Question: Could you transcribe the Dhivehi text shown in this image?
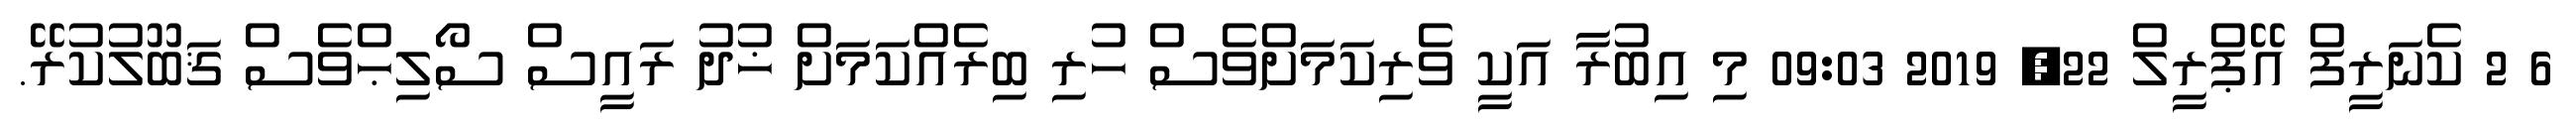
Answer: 6 2 ކެނަރީފް އޭޕްރީލް 22, 2019 09:03 މި އިބުރާ އަކީ ވެރިކަމަށްވެސް ހުރި ބިރެއްކަމަށް ޚުދު ރައީސް ސޯލިޙްވެސް ޤަބޫލުކުރޭ.